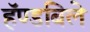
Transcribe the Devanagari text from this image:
हॅण्डबिले